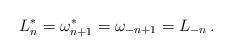
LaTeX: \begin{align*}L_n^*=\omega_{n+1}^*=\omega_{-n+1}=L_{-n}\, .\end{align*}